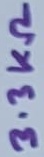
Text: 3.3KΩ